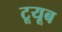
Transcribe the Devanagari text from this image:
टूयूब